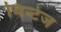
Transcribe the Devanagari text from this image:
विन्टेज